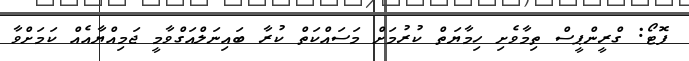
ފޮޓޯ: ގްރީންޕީސް ތިމާވެށި ހިމާޔަތް ކުރުމަށް މަސައްކަތް ކުރާ ބައިނަލްއަގްވާމީ ޖަމިއްޔާއެއް ކަމަށްވާ